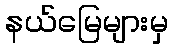
နယ်မြေများမှ